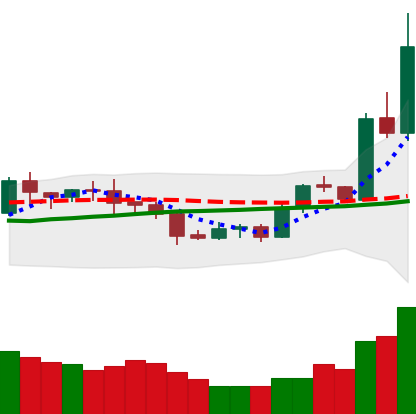
Ticker: LTC-USD
Chart end date: 2020-07-27
Forward return: 15.757%
Label: up_7plus